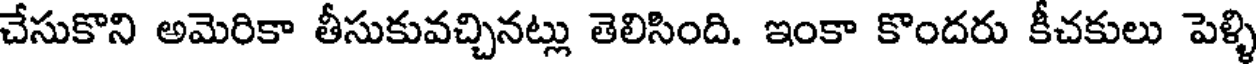
చేసుకొని అమెరికా తీసుకువచ్చినట్లు తెలిసింది. ఇంకా కొందరు కీచకులు పెళ్ళి